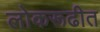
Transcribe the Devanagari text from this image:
लोकरूढीत